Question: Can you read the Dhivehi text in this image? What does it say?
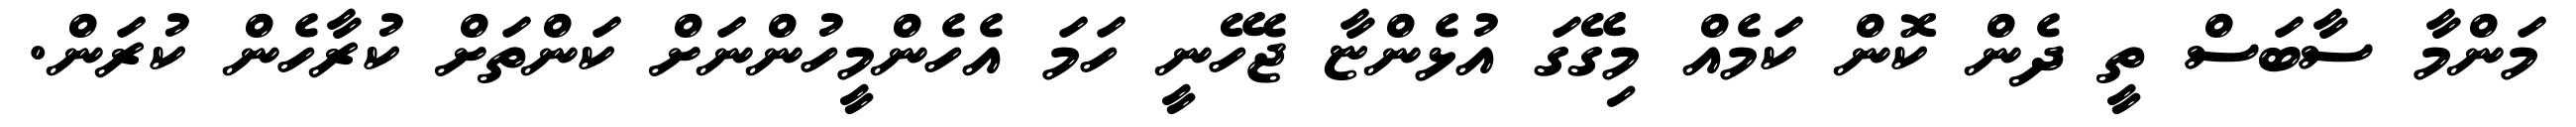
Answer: މަންމާ ސާބަސް ތީ ދެން ކޮން ކަމެއް މިގޭގަ އުޅެންޏާ ޖެހޭނީ ހަމަ އެހެންމީހުންނަށް ކަންތަށް ކުރާހެން ކުރަން.